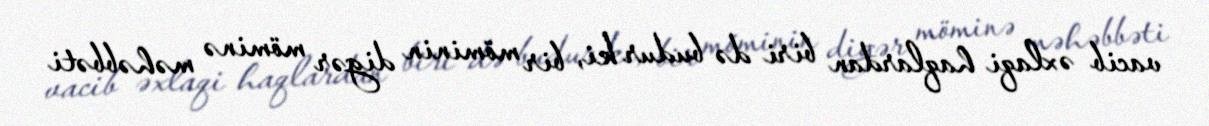
vacib əxlaqi haqlardan biri də budur ki, bir möminin digər möminə məhəbbəti